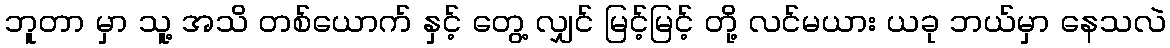
ဘူတာ မှာ သူ့ အသိ တစ်ယောက် နှင့် တွေ့ လျှင် မြင့်မြင့် တို့ လင်မယား ယခု ဘယ်မှာ နေသလဲ